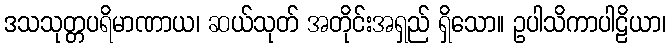
ဒသသုတ္တပရိမာဏာယ၊ ဆယ်သုတ် အတိုင်းအရှည် ရှိသော။ ဥပါသိကာပါဠိယာ၊